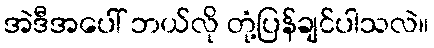
အဲဒီအပေါ် ဘယ်လို တုံ့ပြန်ချင်ပါသလဲ။